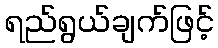
ရည်ရွယ်ချက်ဖြင့်